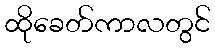
ထိုခေတ်ကာလတွင်